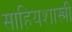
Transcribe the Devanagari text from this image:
साहियशास्त्री